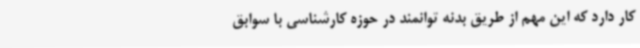
کار دارد که این مهم از طریق بدنه توانمند در حوزه کارشناسی با سوابق